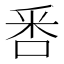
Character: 𠳅